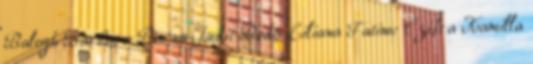
Balogh Barbara Barna Judit Bodó Liliana Fatime Czifra Kamilla